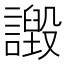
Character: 譭